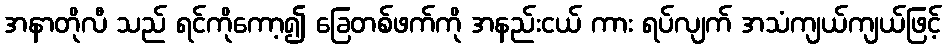
အနာတိုလီ သည် ရင်ကိုကော့၍ ခြေတစ်ဖက်ကို အနည်းငယ် ကား ရပ်လျက် အသံကျယ်ကျယ်ဖြင့်